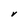
Character: V